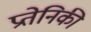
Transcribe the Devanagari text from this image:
प्रतेनिकी